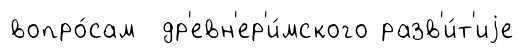
вопро́сам др'евн'ер'и́мского разв'и́т'иjе